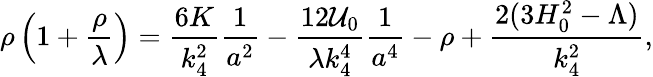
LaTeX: \rho\left(1+\frac{\rho}{\lambda}\right)=\frac{6K}{k_{4}^{2}}\frac 1{a^{2}}-\frac{12{\cal U}_{0}}{\lambda k_{4}^{4}}\frac 1{a^{4}}-\rho+\frac{2(3H_{0}^{2}-\Lambda)}{k_{4}^{2}},